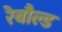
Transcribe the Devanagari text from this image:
रेबौल्ड